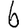
Digit: 6